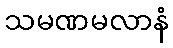
သမဏမလာနံ